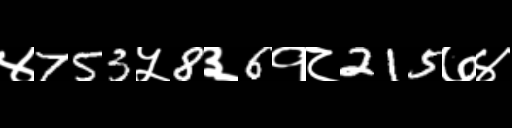
Text: ४753५8३6१८215७४